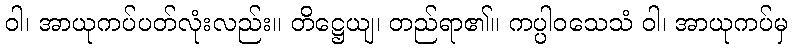
ဝါ၊ အာယုကပ်ပတ်လုံးလည်း။ တိဋ္ဌေယျ၊ တည်ရာ၏။ ကပ္ပါဝသေသံ ဝါ၊ အာယုကပ်မှ